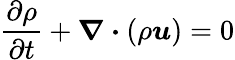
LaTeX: \frac{\partial\rho}{\partial t}+\boldsymbol{\nabla\cdot}(\rho\boldsymbol{u})=0